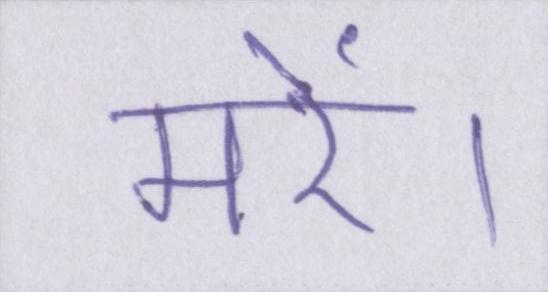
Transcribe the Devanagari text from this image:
मरें।